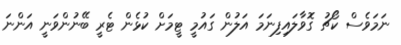
ނަމަވެސް ކޯޗު ގޮވާލައިފިނަމަ އަލުން ގައުމީ ޓީމަށް ކުޅެން ޓެރީ ބޭނުންވަނީ އަންނަ